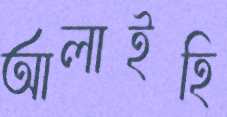
আলাইহি